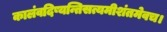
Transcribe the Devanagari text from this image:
कालंवदिष्यन्तिसत्यमीशंतमेवच।